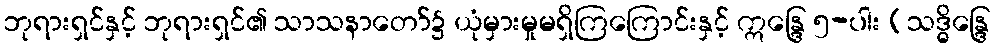
ဘုရားရှင်နှင့် ဘုရားရှင်၏ သာသနာတော်၌ ယုံမှားမှုမရှိကြကြောင်းနှင့် ဣန္ဒြေ ၅-ပါး (သဒ္ဓိန္ဒြေ